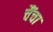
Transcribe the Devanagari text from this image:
चैंचा